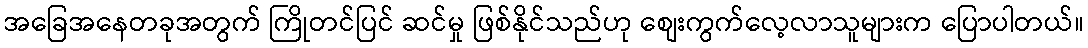
အခြေအနေတခုအတွက် ကြိုတင်ပြင် ဆင်မှု ဖြစ်နိုင်သည်ဟု စျေးကွက်လေ့လာသူများက ပြောပါတယ်။